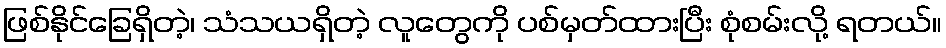
ဖြစ်နိုင်ခြေရှိတဲ့၊ သံသယရှိတဲ့ လူတွေကို ပစ်မှတ်ထားပြီး စုံစမ်းလို့ ရတယ်။